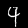
Label: 4